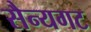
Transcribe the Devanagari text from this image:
सैन्यगट